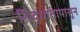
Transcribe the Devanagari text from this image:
सिद्धांतापासून